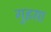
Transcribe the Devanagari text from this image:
गुइसा